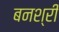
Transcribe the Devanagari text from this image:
बनश्री